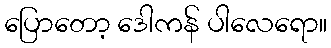
ပြောတော့ ဒေါကန် ပါလေရော။